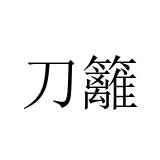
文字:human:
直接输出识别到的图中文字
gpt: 刀籬